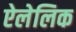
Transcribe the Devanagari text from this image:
ऐलेलिक